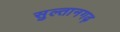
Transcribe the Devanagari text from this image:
सुल्तानगढ़